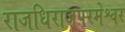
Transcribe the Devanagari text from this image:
राजधिराजपरमेश्वर